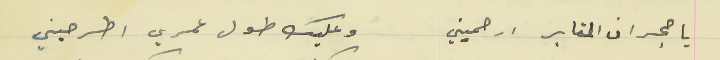
يا حجران المقابر ارحميني                                       وعليك طول عمري اطرحيني